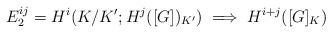
LaTeX: \begin{align*}E_2^{ij} = H^i(K/K';H^j([G])_{K'}) \implies H^{i+j}([G]_K)\end{align*}